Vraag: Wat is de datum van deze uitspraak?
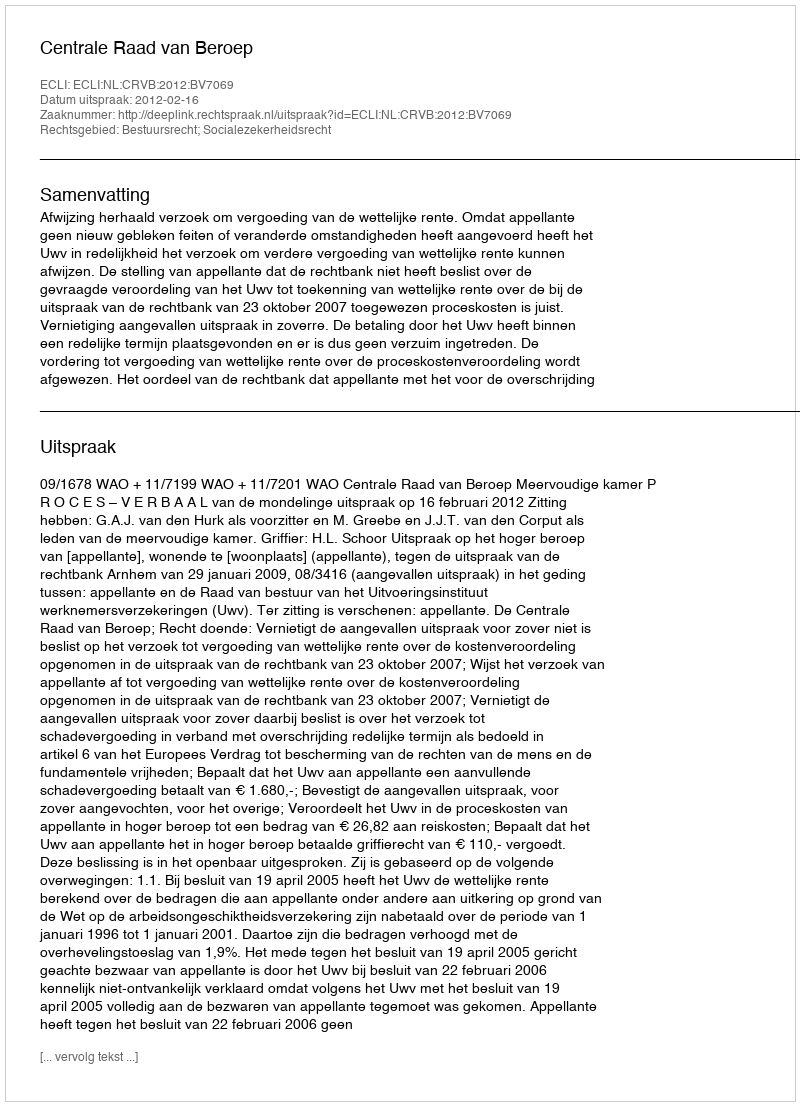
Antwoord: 2012-02-16